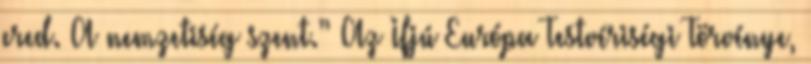
ered. A nemzetiség szent.” Az Ifjú Európa Testvériségi Törvénye,